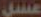
عسل